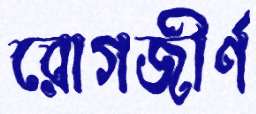
রোগজীর্ণ